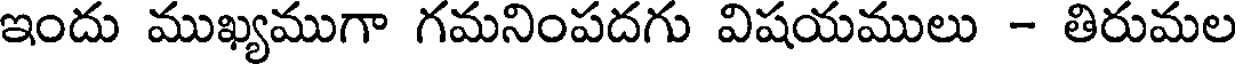
ఇందు ముఖ్యముగా గమనింపదగు విషయములు - తిరుమల